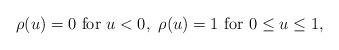
LaTeX: \begin{align*} \ \rho(u)=0 \textrm{ for } u<0, \ \rho(u)=1 \textrm{ for } 0\leq u \leq 1, \end{align*}